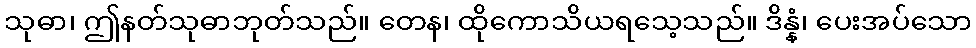
သုဓာ၊ ဤနတ်သုဓာဘုတ်သည်။ တေန၊ ထိုကောသိယရသေ့သည်။ ဒိန္နံ၊ ပေးအပ်သော